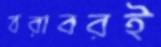
বরাবরই